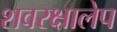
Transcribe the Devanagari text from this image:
शवरक्षालेप